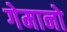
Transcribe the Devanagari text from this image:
गेमानो